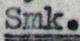
Smk.